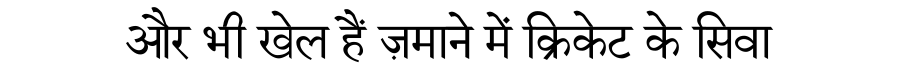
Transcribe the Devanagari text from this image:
और भी खेल हैं ज़माने में क्रिकेट के सिवा